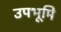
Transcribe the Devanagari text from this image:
उपभूमि